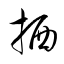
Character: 栖